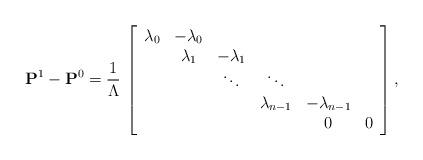
LaTeX: \begin{align*}\mathbf{P}^1 - \mathbf{P}^0 = \frac{1}{\Lambda} \, \left[ \begin{array}{cccccc}\lambda_0 & -\lambda_0 & & & & \\ & \lambda_1 & -\lambda_1 & & & \\ & & \ddots & \ddots & & \\ & & & \lambda_{n-1} & -\lambda_{n-1} & \\& & & & 0 & 0\end{array}\right],\end{align*}